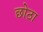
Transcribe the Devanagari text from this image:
छोठा